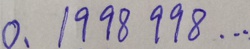
0 . 1 9 9 8 9 9 8 \cdots